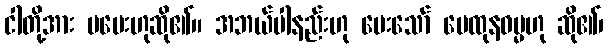
ငါတို့အား မပေးဟုဆို၏။ အဘယ်ပါနည်းဟု မေးသော် မေထုနဓမ္မဟု ဆို၏၊